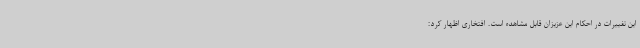
این تغییرات در احکام این عزیزان قابل مشاهده است. افتخاری اظهار کرد: